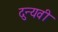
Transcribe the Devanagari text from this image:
दुन्यवी